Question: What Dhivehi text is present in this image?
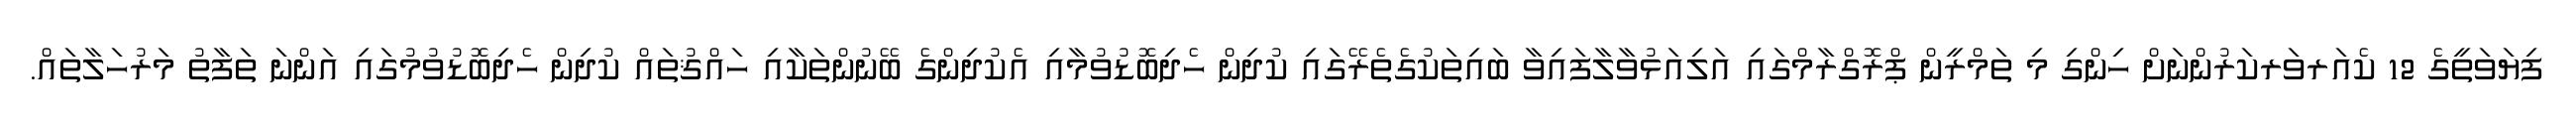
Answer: ފިޔަވަތީގެ 12 ކެއަރވަރކަރުންނަށް ހިންގި މި ތަމްރީން ޕްރޮގްރާމްގައި އަލިއަޅުވާލާފައިވާ ބައިތަކުގެތެރޭގައި ކުދިން ހެދިބޮޑުވުމާއި އެކުދިންގެ ބޭނުންތަކާއި ހައްޤުތައް ކުދިން ހެދިބޮޑުވުމުގައި އަންނަ ތަފާތު މަރުހަލާތައް.